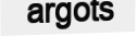
argots